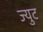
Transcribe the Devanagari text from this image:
ज्युट